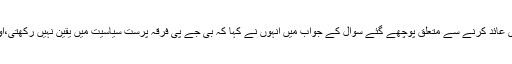
جماعت اسلامی سمیت مذہبی جماعتوں و لیڈروںپر پابندی عائد کرنے سے متعلق پوچھے گئے سوال کے جواب میں انہوں نے کہا کہ بی جے پی فرقہ پرست سیاسیت میں یقین نہیں رکھتی،اور نا ہی مذہب،ذات پات یا لسانیات پر سیاست کرتی ہے۔